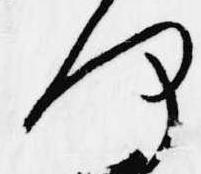
何